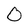
Character: O